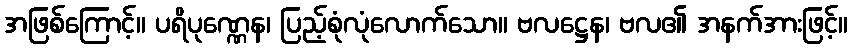
အဖြစ်ကြောင့်။ ပရိပုဏ္ဏေန၊ ပြည့်စုံလုံလောက်သော။ ဗလဋ္ဌေန၊ ဗလ၏ အနက်အားဖြင့်။